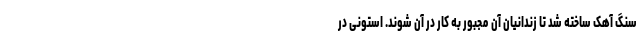
سنگ آهک ساخته شد تا زندانیان آن مجبور به کار در آن شوند. استونی در